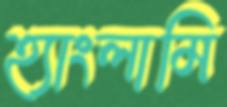
হ্যাংলামি